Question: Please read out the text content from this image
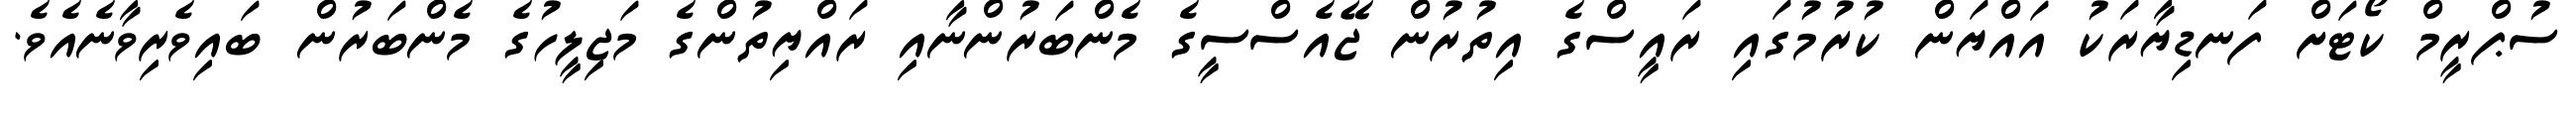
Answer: ސުޕްރީމް ކޯޓަށް ފަނޑިޔާރަކު އައްޔަން ކުރުމުގައި ރައީސްގެ އިތުރުން ޖޭއެސްސީގެ މެންބަރުންނާއި ރައްޔިތުންގެ މަޖިލީހުގެ މެންބަރުން ބައިވެރިވާނެއެވެ.